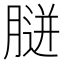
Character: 𦞸